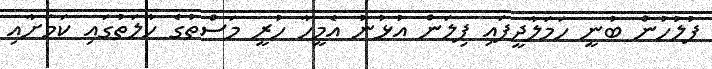
ފުލުހުން ބުނީ ހަމަލާދީފައި ފިލަން އުޅުނު އެމީހާ ހުރީ މަސްތުގެ ހާލަތުގައި ކަމަށާއި